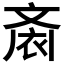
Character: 𱌙